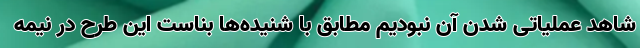
شاهد عملیاتی شدن آن نبودیم مطابق با شنیده‌ها بناست این طرح در نیمه